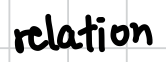
Text: relation
Cross-out: clean
Writing tool: digital_black